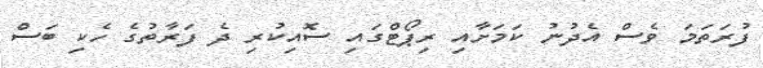
ފުރަތަމަ ވެސް އެދުނު ކަމަށާއި ރިޕޯޓްގައި ސޮއިކުރި ދެ ފަރާތުގެ ހެކި ބަސް